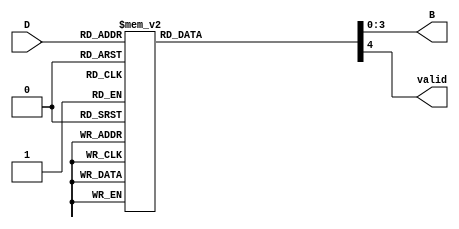
module DecimalToBinaryEncoder (
    input wire [3:0] D,      // 4-bit input for decimal digits
    output reg [3:0] B,      // 4-bit binary output
    output reg valid          // Valid signal
);

// Combinational logic for the encoder
always @(*) begin
    case (D)
        4'b0000: begin B = 4'b0000; valid = 1; end // 0
        4'b0001: begin B = 4'b0001; valid = 1; end // 1
        4'b0010: begin B = 4'b0010; valid = 1; end // 2
        4'b0011: begin B = 4'b0011; valid = 1; end // 3
        4'b0100: begin B = 4'b0100; valid = 1; end // 4
        4'b0101: begin B = 4'b0101; valid = 1; end // 5
        4'b0110: begin B = 4'b0110; valid = 1; end // 6
        4'b0111: begin B = 4'b0111; valid = 1; end // 7
        4'b1000: begin B = 4'b1000; valid = 1; end // 8
        4'b1001: begin B = 4'b1001; valid = 1; end // 9
        default: begin B = 4'b0000; valid = 0; end // Invalid input
    endcase
end

endmodule